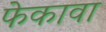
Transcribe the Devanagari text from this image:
फेकावा